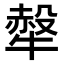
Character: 𤛖